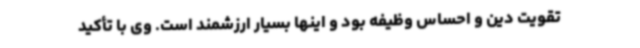
تقویت دین و احساس وظیفه بود و اینها بسیار ارزشمند است. وی با تأکید